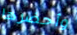
وأحضرها